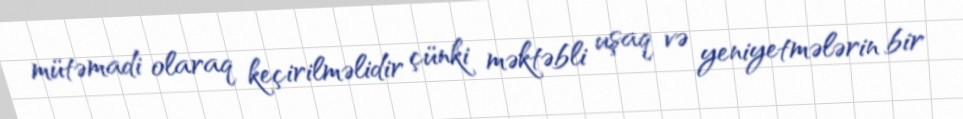
mütəmadi olaraq keçirilməlidir çünki məktəbli uşaq və yeniyetmələrin bir